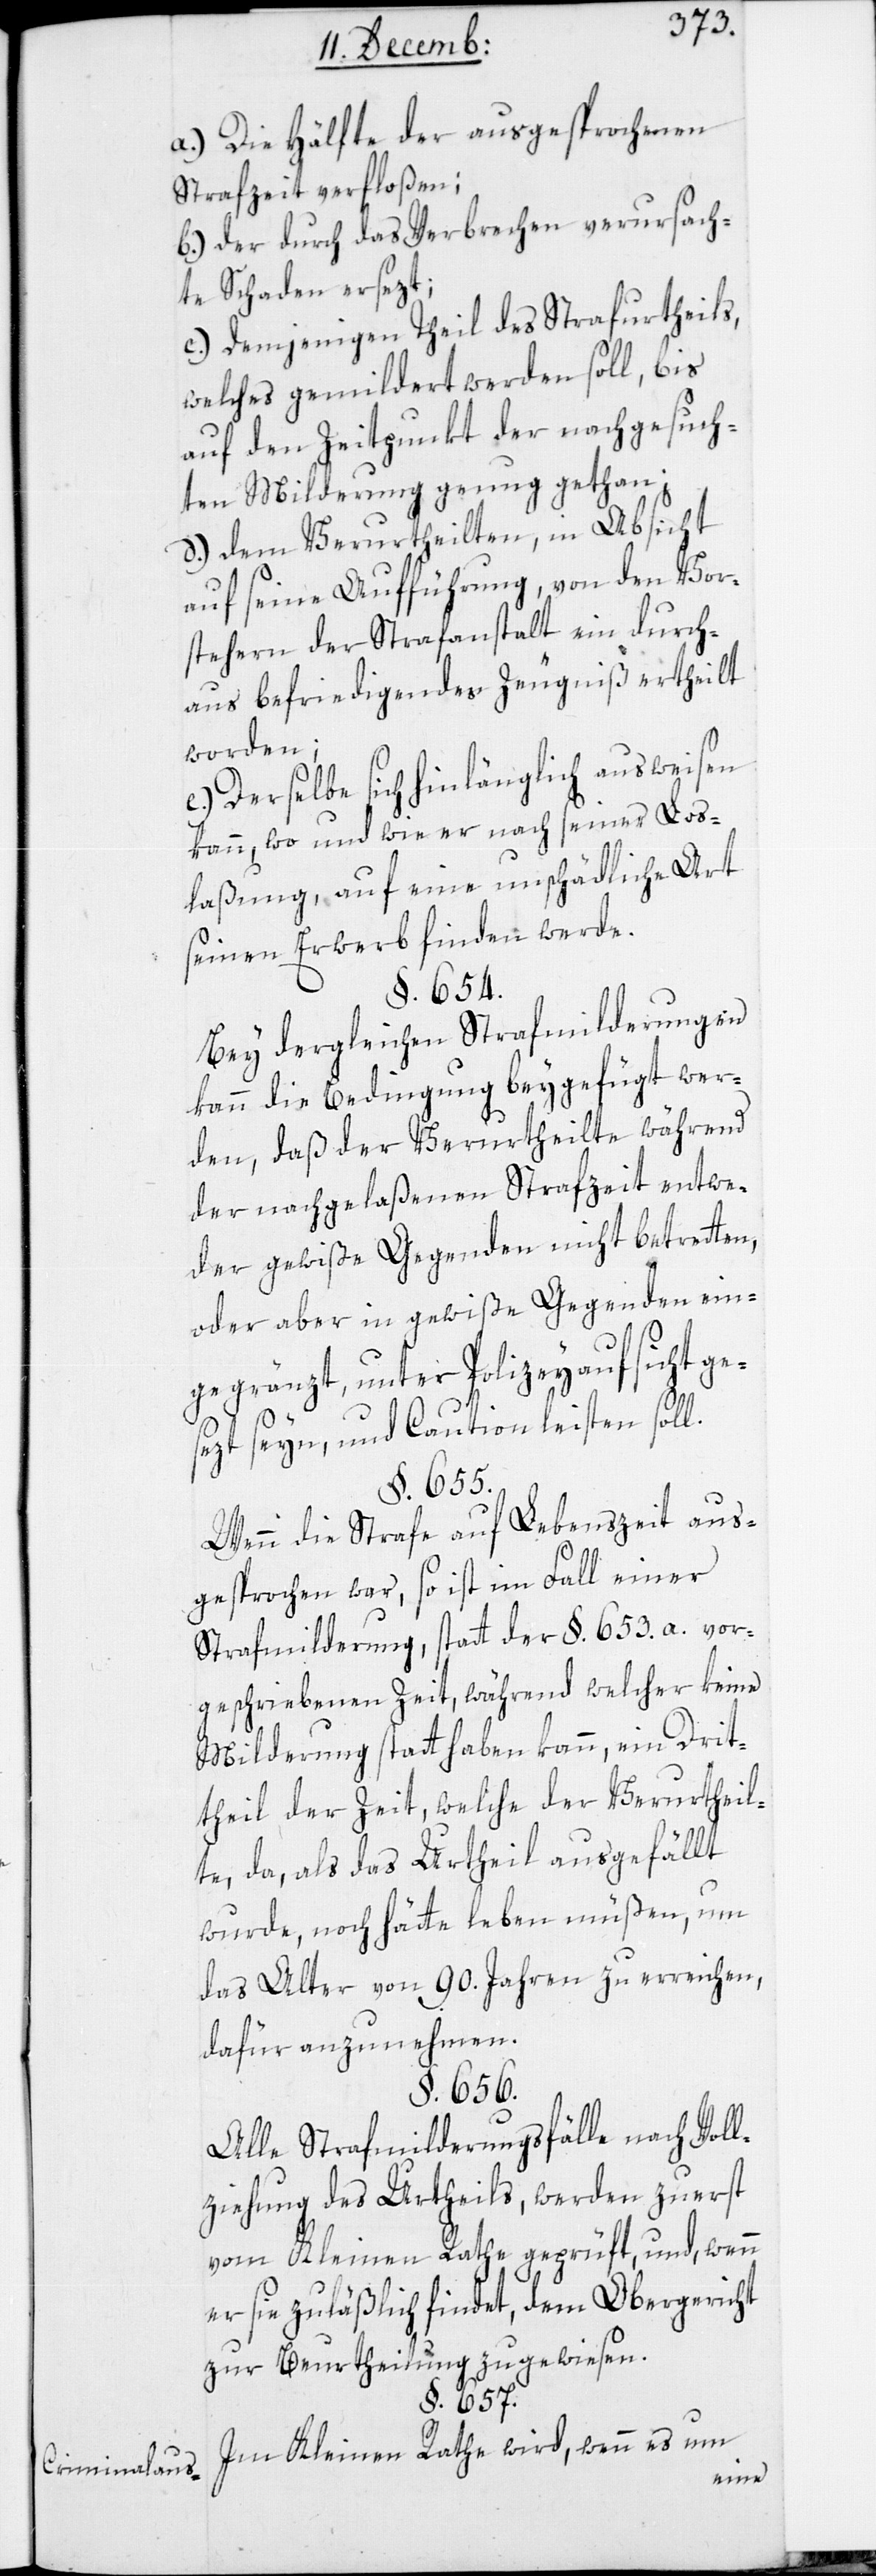
Criminalaus¬

a.) Die Hälfte der ausgesprochenen
Strafzeit verfloßen;
b.) Der durch das Verbrechen verursach¬
te Schaden ersezt;
c.) Demjenigen Theil des Strafurtheils,
welches gemildert werden soll, bis
auf den Zeitpunkt der nachgesuch¬
ten Milderung genug gethan;
d.) Dem Verurtheilten, in Absicht
auf seine Aufführung, von den Vor¬
stehern der Strafanstalt ein durch¬
aus befriedigendes Zeugniß ertheilt
stand
worden;
e.) Derselbe sich hinlänglich ausweisen
kann, wo und wie er nach seiner Los¬
laßung, auf eine unschädliche Art
seinen Erwerb finden werde.
§. 654.
Bei dergleichen Strafmilderungen,
kann die Bedingung beygefügt wer¬
den, daß der Verurtheilte während
der nachgelaßenen Strafzeit entwe¬
der gewiße Gegenden nicht betreten,
oder aber in gewiße Gegenden ein¬
gegränzt, unter Polizeyaufsicht ge¬
sezt seyn, und Caution leisten soll.
§. 655.
Wenn die Strafe auf Lebenszeit aus¬
gesprochen war, so ist im Fall einer
Strafmilderung, statt der §. 653. a vor¬
geschriebenen Zeit, während welcher keine
Milderung statthaben kann, ein Drit¬
theil der Zeit, welche der Verurtheil¬
te da, als das Urtheil ausgefällt
wurde, noch hätte leben müßen, um
das Alter von 90. Jahren zu erreichen,
dafür anzunehmen.
§. 656.
Alle Strafmilderungs-Fälle nach Voll¬
ziehung des Urtheils, werden zuerst
vom Kleinen Rathe geprüft, und wenn
er sie zuläßlich findet, dem Obergericht
zur Beurtheilung zugewiesen.
§. 657.
Im Kleinen Rathe wird, wenn es um